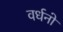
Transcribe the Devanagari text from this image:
वर्धनो